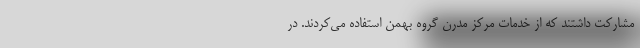
مشارکت داشتند که از خدمات مرکز مدرن گروه بهمن استفاده می‌کردند. در